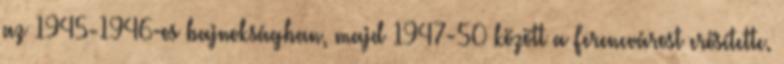
az 1945-1946-os bajnokságban, majd 1947-50 között a Ferencvárost erősítette.